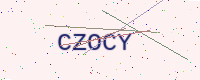
Text: CZOCY